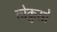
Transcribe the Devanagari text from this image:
तोकुसो